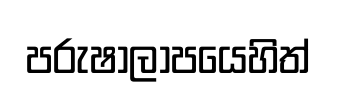
පරුෂාලාපයෙහිත්